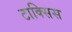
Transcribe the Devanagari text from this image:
टाक्सिस